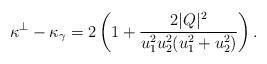
LaTeX: \begin{align*}\kappa^\perp -\kappa_\gamma = 2\left(1+\frac{2|Q|^2}{u_1^2u_2^2(u_1^2+u_2^2)}\right).\end{align*}